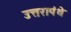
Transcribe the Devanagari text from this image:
उत्तरापंथे